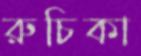
রুচিকা